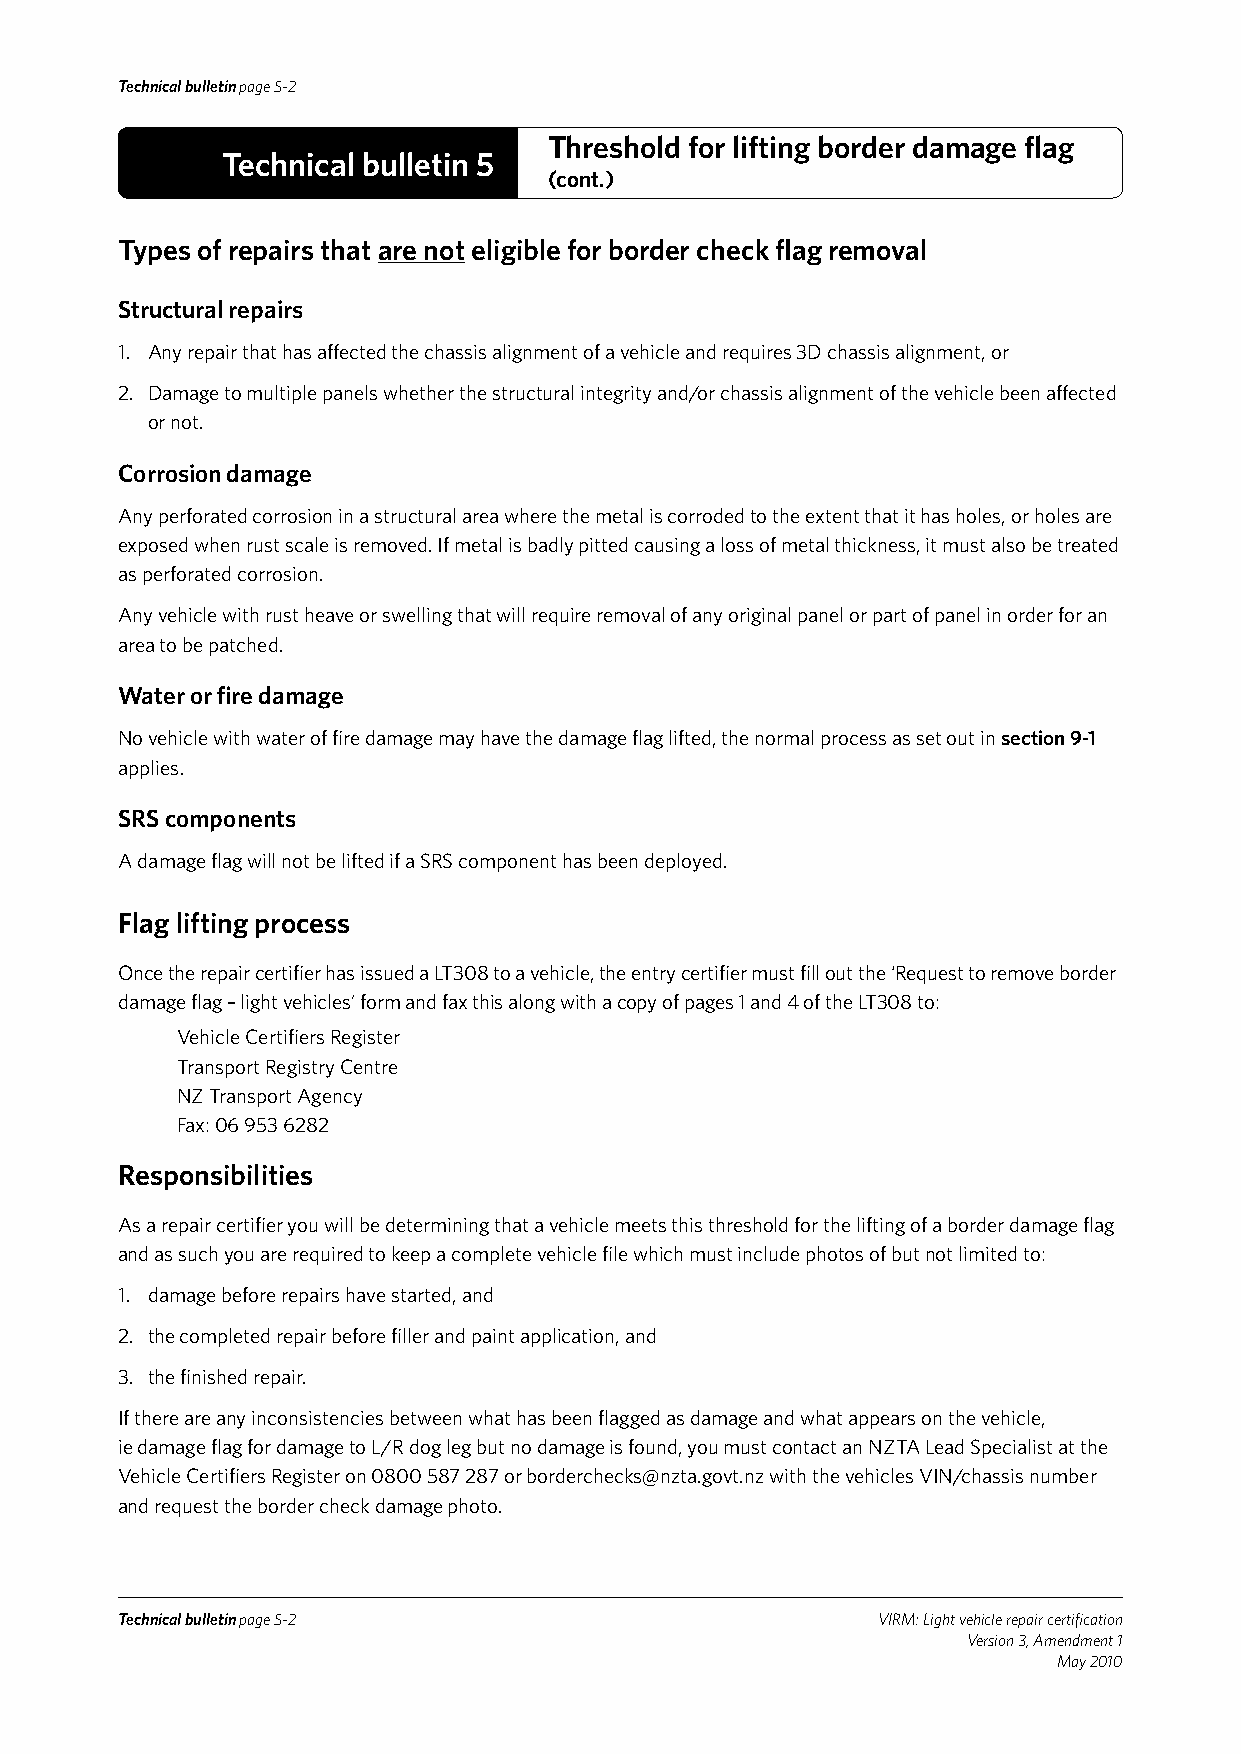
Technical bulletin page 5-2
 Threshold for lifting border damage flag
 Technical bulletin 5
 (cont.)
 Types of repairs that are not eligible for border check flag removal
 Structural repairs
 1. Any repair that has affected the chassis alignment of a vehicle and requires 3D chassis alignment, or
 2. Damage to multiple panels whether the structural integrity and/or chassis alignment of the vehicle been affected
 or not.
 Corrosion damage
 Any perforated corrosion in a structural area where the metal is corroded to the extent that it has holes, or holes are
 exposed when rust scale is removed. If metal is badly pitted causing a loss of metal thickness, it must also be treated
 as perforated corrosion.
 Any vehicle with rust heave or swelling that will require removal of any original panel or part of panel in order for an
 area to be patched.
 Water or fire damage
 No vehicle with water of fire damage may have the damage flag lifted, the normal process as set out in section 9-1
 applies.
 SRS components
 A damage flag will not be lifted if a SRS component has been deployed.
 Flag lifting process
 Once the repair certifier has issued a LT308 to a vehicle, the entry certifier must fill out the ‘Request to remove border
 damage flag – light vehicles’ form and fax this along with a copy of pages 1 and 4 of the LT308 to:
 Vehicle Certifiers Register
 Transport Registry Centre
 NZ Transport Agency
 Fax: 06 953 6282
 Responsibilities
 As a repair certifier you will be determining that a vehicle meets this threshold for the lifting of a border damage flag
 and as such you are required to keep a complete vehicle file which must include photos of but not limited to:
 1. damage before repairs have started, and
 2. the completed repair before filler and paint application, and
 3. the finished repair.
 If there are any inconsistencies between what has been flagged as damage and what appears on the vehicle,
 ie damage flag for damage to L/R dog leg but no damage is found, you must contact an NZTA Lead Specialist at the
 Vehicle Certifiers Register on 0800 587 287 or borderchecks@nzta.govt.nz with the vehicles VIN/chassis number
 and request the border check damage photo.
 Technical bulletin page 5-2                       VIRM: Light vehicle repair certification
 Version 3, Amendment 1
 May 2010